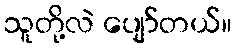
သူတို့လဲ ပျော်တယ်။